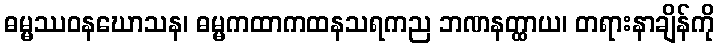
ဓမ္မဿဝနဃောသန၊ ဓမ္မကထာကထနသရကည ဘဏနတ္ထာယ၊ တရားနာချိန်ကို